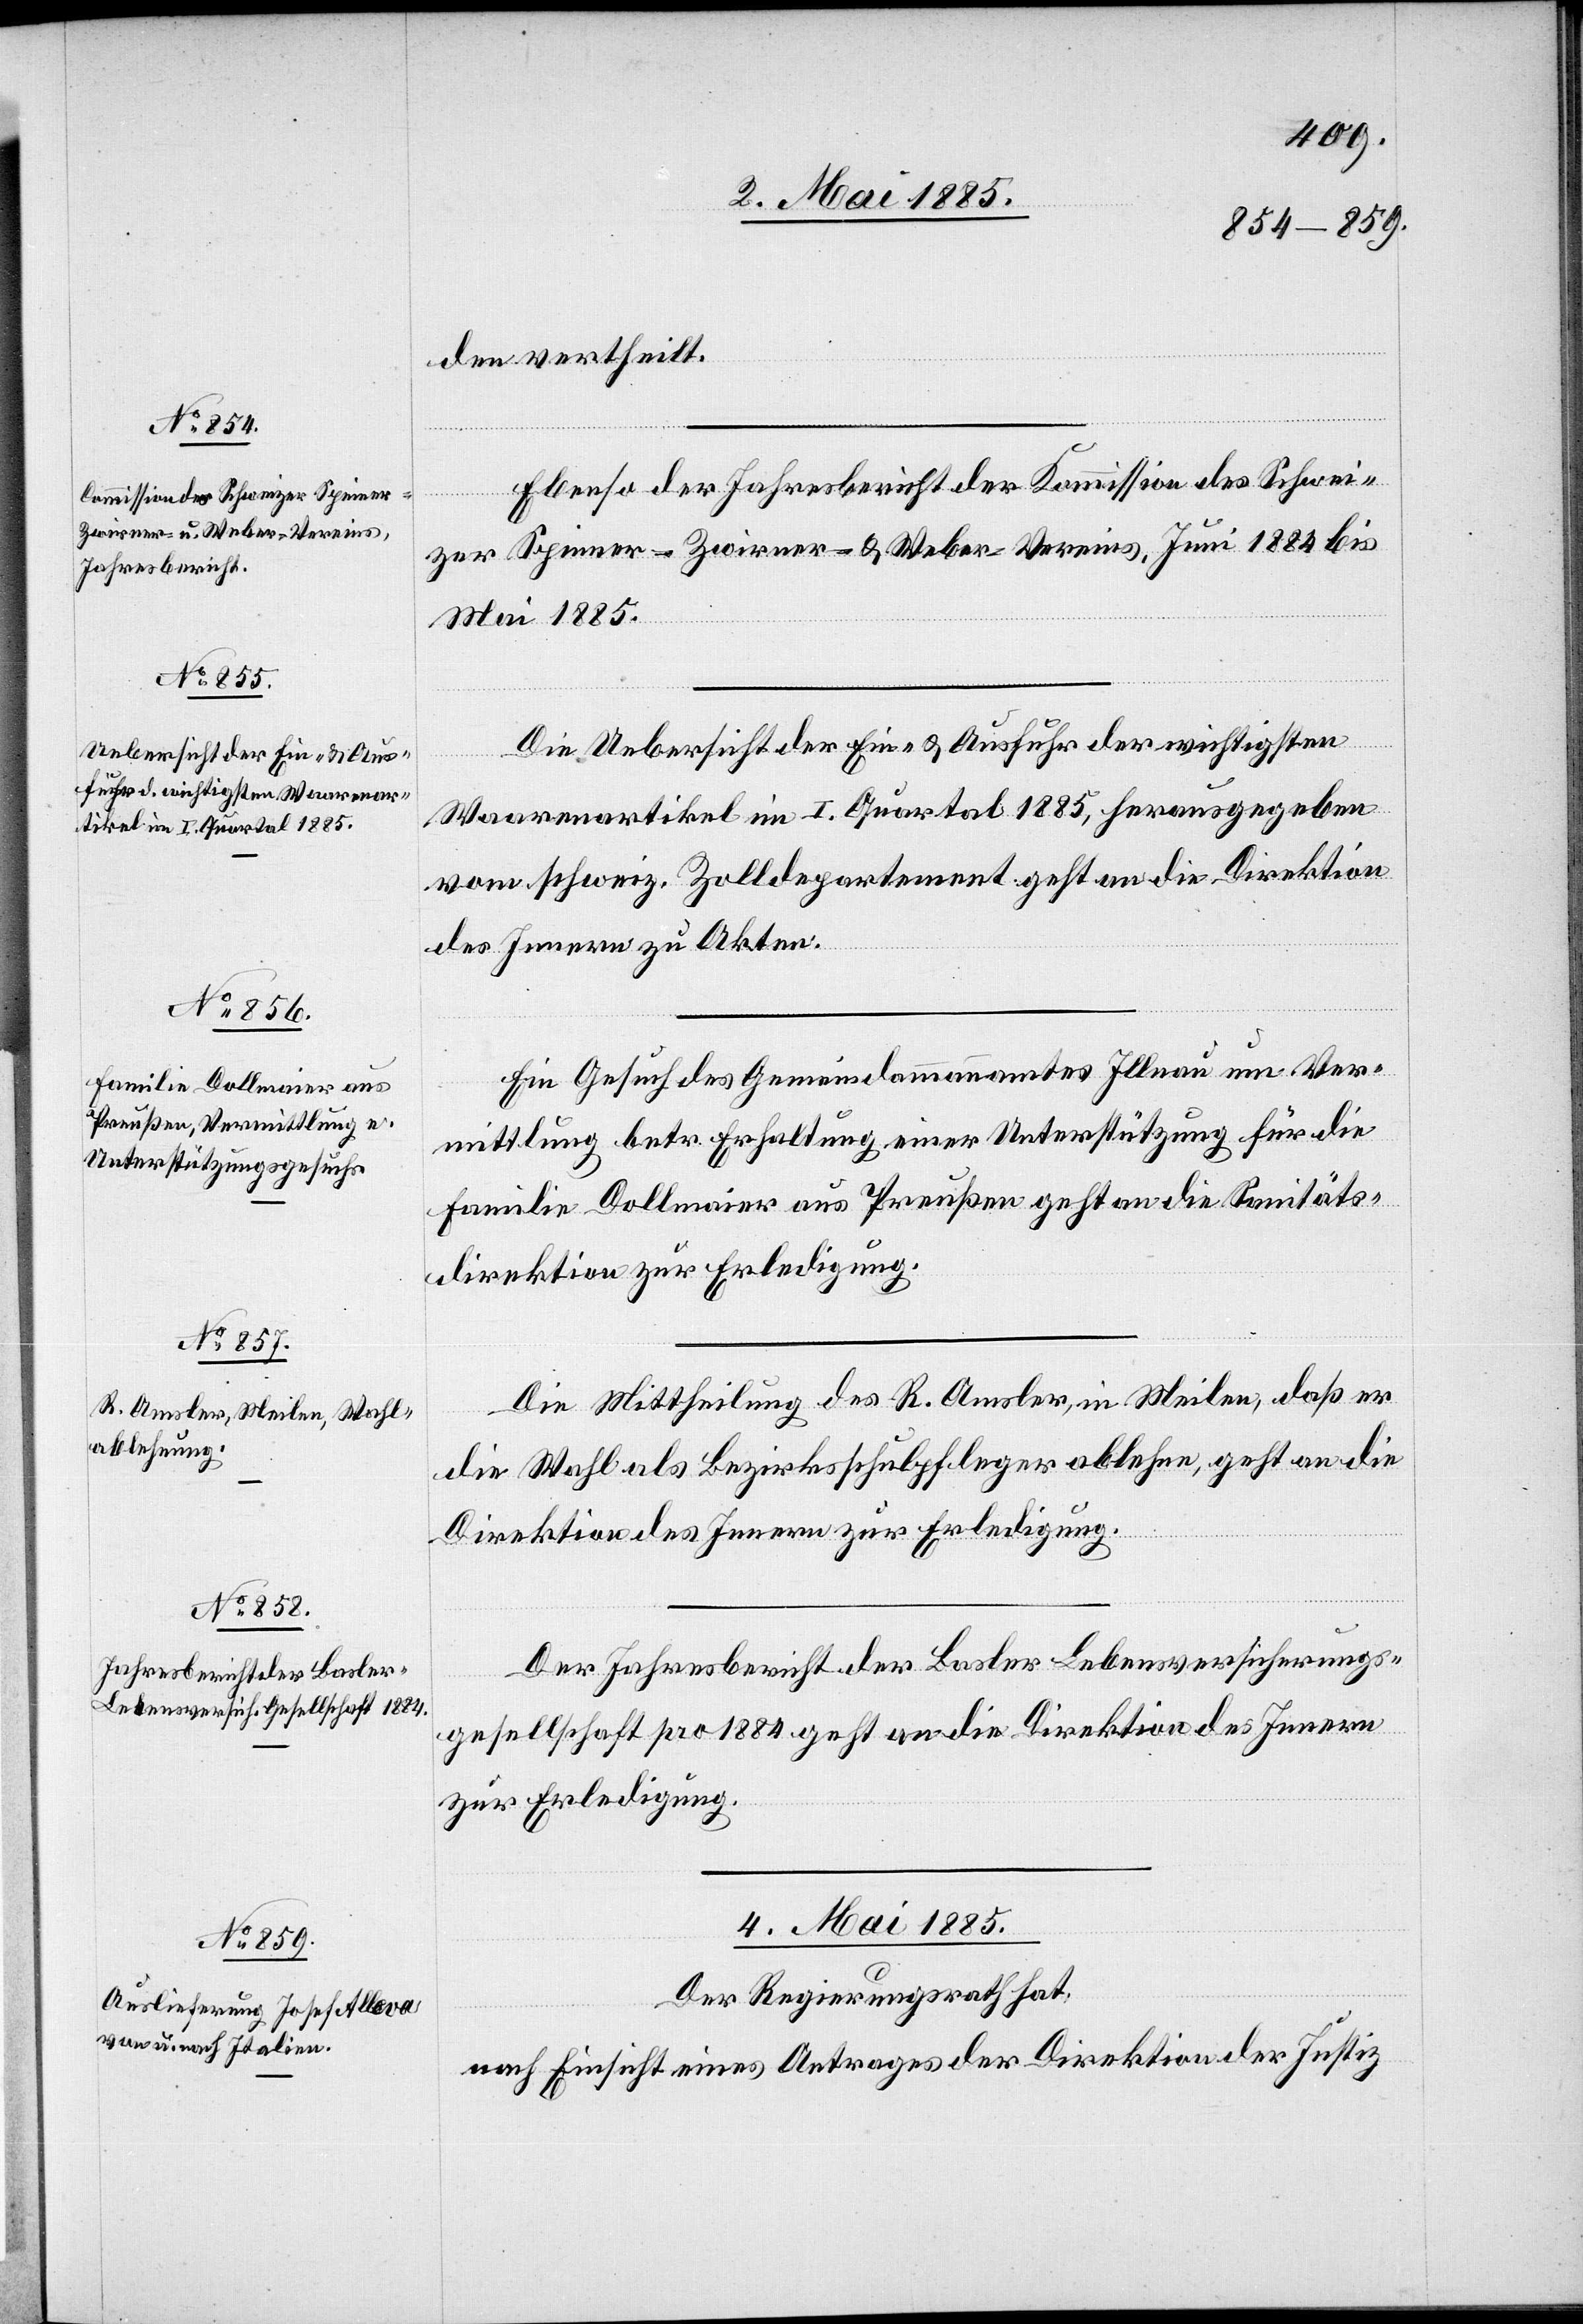
den ertheilt.
Ebenso der Jahresbericht der Kommission des Schwei¬
02.
zer Spinner-[,] Zwirner- & Weber-Vereins, Juni 1884 bis
Mai 1885.]
Die Uebersicht der Ein- & Ausfuhr der wichtigsten
Waarenartikel im I. Quartal 1885, herausgegeben
vom schweiz. Zolldepartement geht an die Direktion
des Innern zu Akten.
Ein Gesuch des Gemeindeammannamtes Illnau um Ver¬
mittlung betr. Erhaltung einer Unterstützung für die
Familie Dollmaier aus Preußen geht an die Sanitäts¬
direktion zur Erledigung.
Die Mittheilung des R. Amsler, in Meilen, daß er
die Wahl als Bezirksschulpfleger ablehne, geht an die
Direktion des Innern zur Erledigung.
Der Jahresbericht der Basler Lebensversicherungs¬
gesellschaft pro 1884 geht an die Direktion des Innern
zur Erledigung.
04. Mai 1885.
Der Regierungsrath hat,
nach Einsicht eines Antrages der Direktion der Justiz